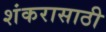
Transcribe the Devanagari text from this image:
शंकरासाठी